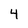
Character: 4